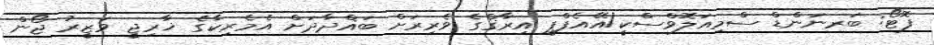
ފޮޓޯ: ބަރނަންޑް ސްމިއަލޮވްސްކީ/އޭއެފްޕީ އިރާޤްގެ ވެރިރަށް ބަޣްދާދަށް އެމެރިކާގެ ޚާރިޖީ ވަޒީރު ޖޯން